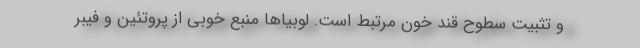
و تثبیت سطوح قند خون مرتبط است. لوبیاها منبع خوبی از پروتئین و فیبر